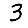
Digit: 3